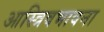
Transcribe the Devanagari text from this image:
आस्त्रिवभावना